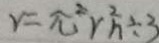
r = \pi ^ { 2 } r ^ { 2 } n \div 3